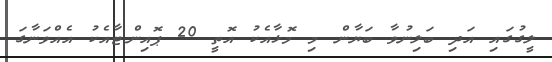
ލީގުގައި އަދި ބަލިނުވާ ބަޔާން މި މޮޅާއެކު އޮތީ 20 ޕޮއިންޓާއެކު އެއްވަނާގަ